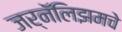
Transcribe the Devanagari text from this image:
जर्नॅलिझमचे